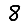
Digit: 8